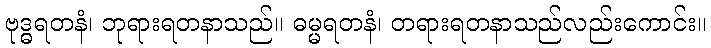
ဗုဒ္ဓရတနံ၊ ဘုရားရတနာသည်။ ဓမ္မရတနံ၊ တရားရတနာသည်လည်းကောင်း။